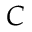
C